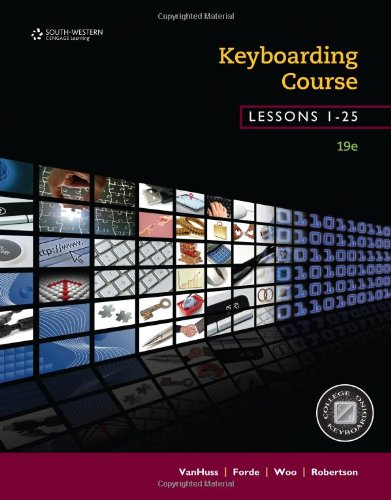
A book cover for Keyboarding Course, Lessons 1-25: College Keyboarding; Susie H. VanHuss; Business & Money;